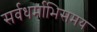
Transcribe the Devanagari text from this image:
सर्वधर्माभिसमय